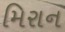
મિરાન